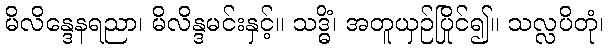
မိလိန္ဒေနရညာ၊ မိလိန္ဒမင်းနှင့်။ သဒ္ဓိံ၊ အတူယှဉ်ပြိုင်၍။ သလ္လပိတုံ၊